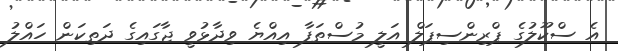
އެ ސްކޫލުގެ ޕްރިންސިޕަލް އަލީ މުސްތަފާ އިއްޔެ ވިދާޅުވީ ޖާގައިގެ ދަތިކަން ހައްލު